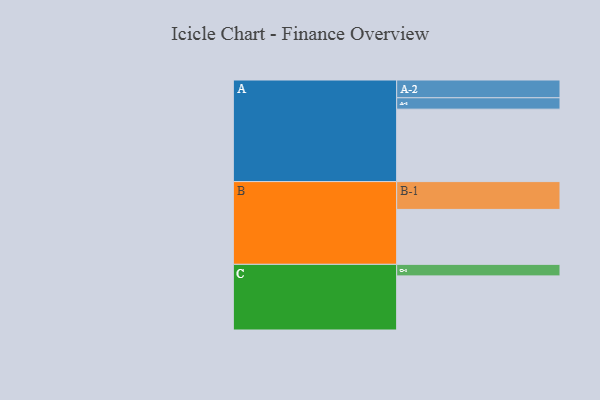
{"axis": {"x": "Segment", "y": "Value"}, "legend": ["", "A", "B", "C"], "data": [{"x": "A", "y": 534, "type": ""}, {"x": "B", "y": 405, "type": ""}, {"x": "C", "y": 399, "type": ""}, {"x": "A-1", "y": 84, "type": "A"}, {"x": "A-2", "y": 131, "type": "A"}, {"x": "B-1", "y": 205, "type": "B"}, {"x": "C-1", "y": 85, "type": "C"}]}